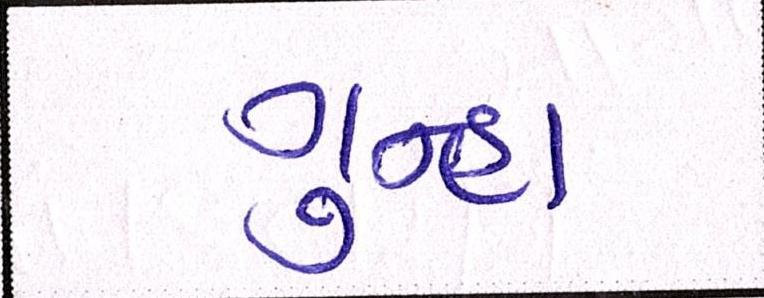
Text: ગુન્હા